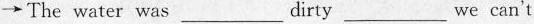
\rightarrow The water was___dirty___we can't